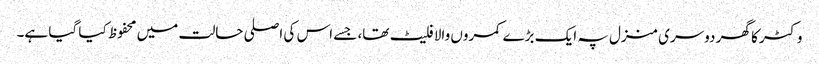
وکٹر کا گھر دوسری منزل پہ ایک بڑے کمروں والا فلیٹ تھا، جسے اس کی اصلی حالت میں محفوظ کیا گیا ہے۔